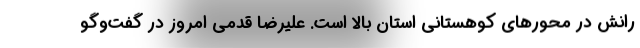
رانش در محورهای کوهستانی استان بالا است. علیرضا قدمی امروز در گفت‌وگو